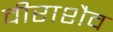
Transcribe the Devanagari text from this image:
वीराशैव